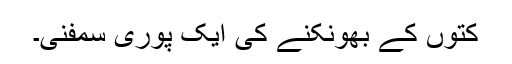
کتوں کے بھونکنے کی ایک پوری سمفنی۔